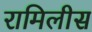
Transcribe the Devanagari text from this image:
रामिलीस